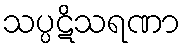
သပ္ပဋိသရဏာ